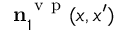
\ensuremath { \mathbf { n } } _ { 1 } ^ { \mathrm { ~ v ~ p ~ } } ( x , x ^ { \prime } )